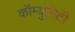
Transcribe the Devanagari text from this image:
कॉम्युनिटी